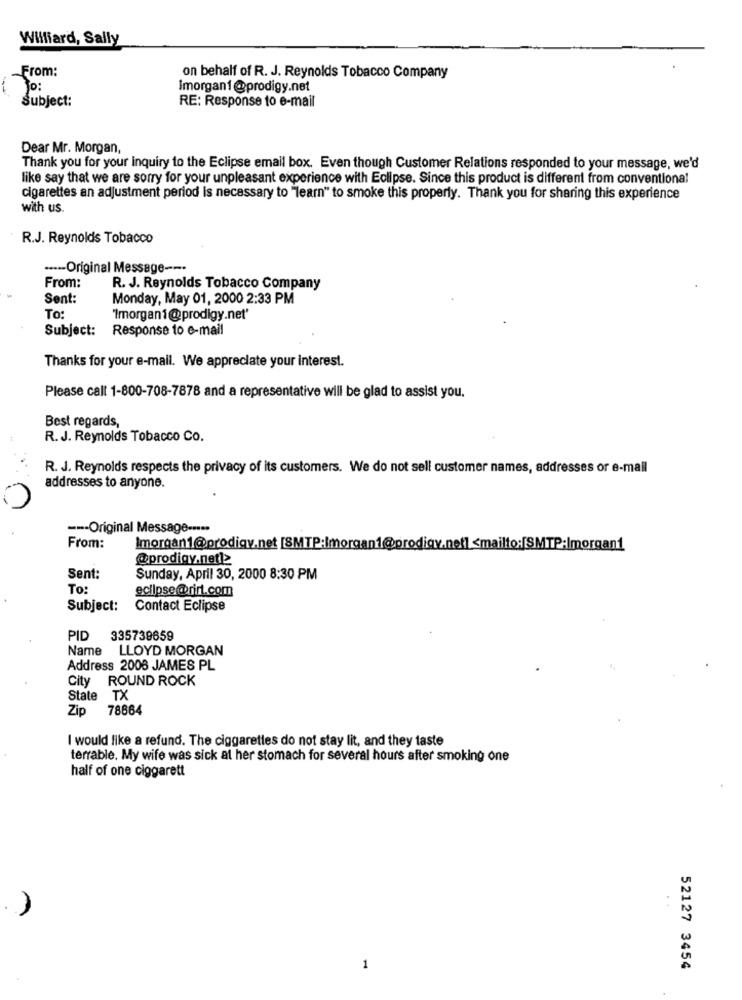
Williard, Sally
From:
on behalf of R. J. Reynolds Tobacco Company
To:
Imorgan1@prodigy.net
Subject:
RE: Response to e-mail
Dear Mr. Morgan,
Thank you for your inquiry to the Eclipse email box. Even though Customer Relations responded to your message, we'd
like say that we are sorry for your unpleasant experience with Eclipse. Since this product is different from conventional
cigarettes an adjustment period is necessary to "learn" to smoke this property. Thank you for sharing this experience
with us.
R.J. Reynolds Tobacco
.---- Original Message ---
From:
R. J. Reynolds Tobacco Company
Sent:
Monday, May 01, 2000 2:33 PM
To
'Imorgani @prodigy.net'
Subject:
Response to e-mail
Thanks for your e-mail. We appreciate your interest.
Please call 1-800-708-7878 and a representative will be glad to assist you.
Best regards,
R. J. Reynolds Tobacco Co.
R. J. Reynolds respects the privacy of its customers. We do not sell customer names, addresses or e-mail
addresses to anyone.
--- Original Message -....
From:
Imorgan1@prodigy.net [SMTP:Imorgan1@prodigy.net] <mailto:[SMTP:Imorgan1
@prodigy.netl2
Sent:
Sunday, April 30, 2000 8:30 PM
To:
eclipse@rirt.com
Subject:
Contact Eclipse
PID 335739659
Name LLOYD MORGAN
Address 2006 JAMES PL
City ROUND ROCK
State TX
Zip
78864
I would like a refund. The ciggarettes do not stay lit, and they taste
terrable. My wife was sick at her stomach for several hours after smoking one
half of one ciggarett
1
52127 3454